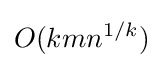
O(kmn^{1/k})